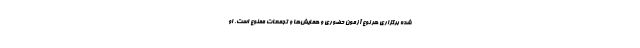
شده برگزاری هر نوع آزمون حضوری و همایش‌ها و تجمعات ممنوع است. او